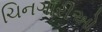
ચિનગારીઓ